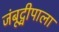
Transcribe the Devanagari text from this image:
जंबूद्वीपाला